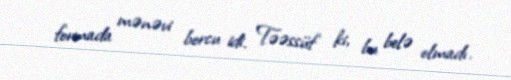
formada mənəvi borcu idi. Təəssüf ki, bu belə olmadı.